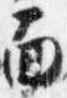
面